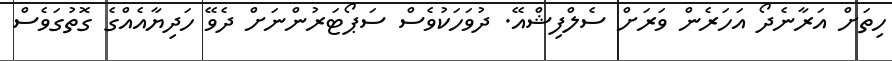
ހިތަށް އަރާނެދޯ އަހަރެން ވަރަށް ސެލްފިޝްއޭ. ދުވަހަކުވެސް ސަޕޯޓަރުންނަށް ދެވޭ ހަދިޔާއެއްގެ ގޮތުގަވެސް